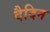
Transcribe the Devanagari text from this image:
दैदिन